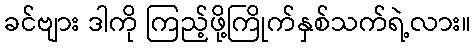
ခင်ဗျား ဒါကို ကြည့်ဖို့ကြိုက်နှစ်သက်ရဲ့လား။